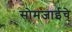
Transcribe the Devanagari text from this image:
सोमजाईचे